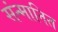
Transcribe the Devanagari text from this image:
संन्मानित